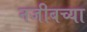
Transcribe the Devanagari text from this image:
नजीबच्या